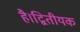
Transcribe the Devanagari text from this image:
है।द्वितीयक